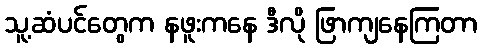
သူ့ဆံပင်တွေက နဖူးကနေ ဒီလို ဖြာကျနေကြတာ